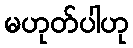
မဟုတ်ပါဟု